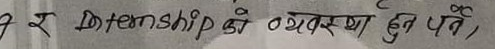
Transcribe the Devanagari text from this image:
१ र Internship की व्यवस्था हुनु पर्ने,